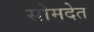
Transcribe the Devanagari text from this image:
सोमदेत